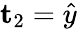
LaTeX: \mathbf{t}_{2}=\hat{y}